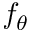
f _ { \theta }